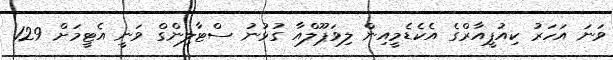
ވަނަ އަހަރު ކިއުޕީއާރްގެ އެކެޑެމީއިން ލިވަޕޫލްއާ ގުޅުނު ސްޓާލިންގް ވަނީ އެޓީމަށް 129